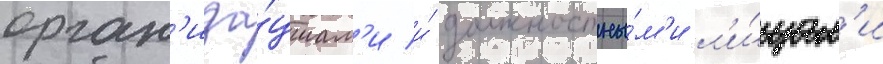
орган'иза́циам'и и́ должностны́м'и л'и́цам'и